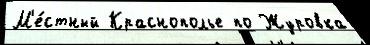
М'е́стный Краснополье по Журовка